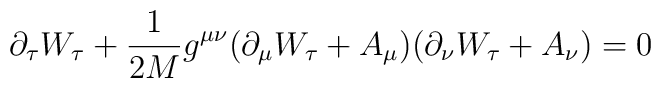
\partial_{\tau} W_{\tau}+\frac{1}{2M}g^{\mu\nu}(\partial_{\mu} W_{\tau} +A_{\mu})(\partial_{\nu}W_{\tau}+A_{\nu}) =0